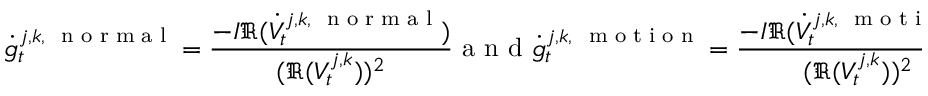
\dot { g } _ { t } ^ { j , k , \mathrm { ~ \scriptsize ~ n ~ o ~ r ~ m ~ a ~ l ~ } } = \frac { - I \mathfrak R ( \dot { V } _ { t } ^ { j , k , \mathrm { ~ \scriptsize ~ n ~ o ~ r ~ m ~ a ~ l ~ } } ) } { ( \mathfrak R ( V _ { t } ^ { j , k } ) ) ^ { 2 } } \mathrm { ~ a ~ n ~ d ~ } \dot { g } _ { t } ^ { j , k , \mathrm { ~ \scriptsize ~ m ~ o ~ t ~ i ~ o ~ n ~ } } = \frac { - I \mathfrak R ( \dot { V } _ { t } ^ { j , k , \mathrm { ~ \scriptsize ~ m ~ o ~ t ~ i ~ o ~ n ~ } } ) } { ( \mathfrak R ( V _ { t } ^ { j , k } ) ) ^ { 2 } }